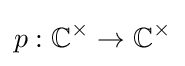
p:\mathbb {C} ^{\times }\to \mathbb {C} ^{\times }